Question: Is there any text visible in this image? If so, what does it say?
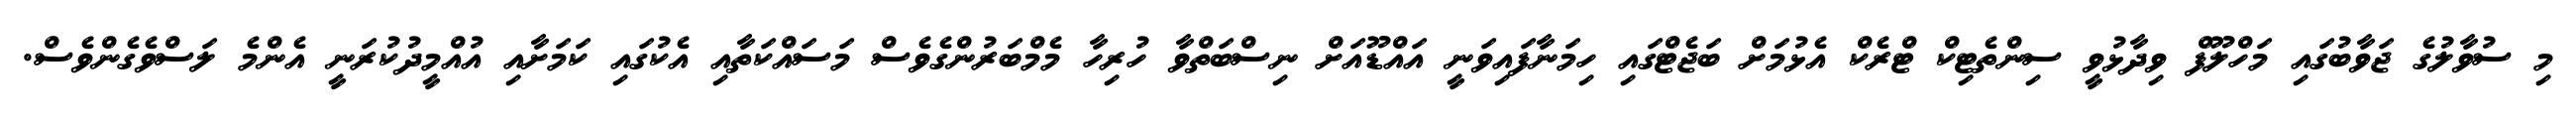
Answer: މި ސުވާލުގެ ޖަވާބުގައި މަހްލޫފް ވިދާޅުވީ ސިންތެޓިކް ޓްރެކް އެޅުމަށް ބަޖެޓްގައި ހިމަނާފައިވަނީ އައްޑޫއަށް ނިސްބަތްވާ ހުރިހާ މެމްބަރުންގެވެސް މަސައްކަތާއި އެކުގައި ކަމަށާއި އުއްމީދުކުރަނީ އެންމެ ލަސްވެގެންވެސް.